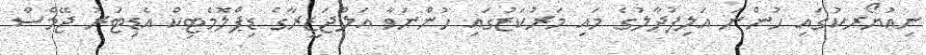
ނިއުޔޯރކުގައި ހުންނަ އަލިފުދާލުގެ މައި މަރުކަޒުގައި ހުންނަވާ އަލްޖަޒީރާގެ ޑިޕްލޮމެޓިކް އެޑިޓަރު ޖޭމްސް